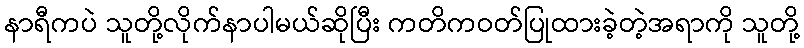
နာရီကပဲ သူတို့လိုက်နာပါမယ်ဆိုပြီး ကတိကဝတ်ပြုထားခဲ့တဲ့အရာကို သူတို့